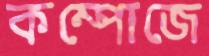
কম্পোজে